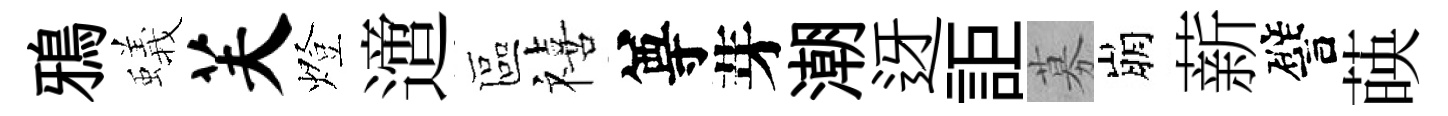
鴉蟻芙燈𨗁區禧尊芽潮迓詎募崩薪譬𦴤